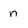
Character: n